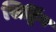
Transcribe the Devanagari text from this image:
सिट्टिंग